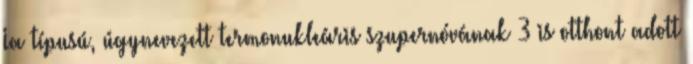
Ia típusú, úgynevezett termonukleáris szupernóvának 3 is otthont adott